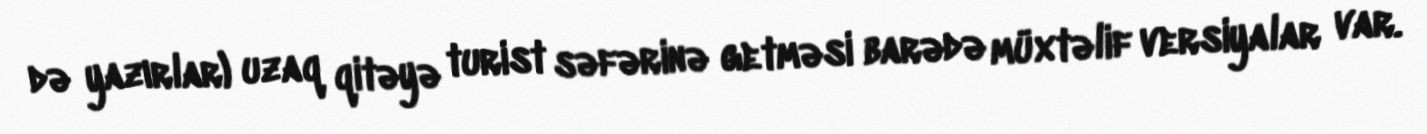
də yazırlar) uzaq qitəyə turist səfərinə getməsi barədə müxtəlif versiyalar var.